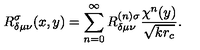
R _ { \delta \mu \nu } ^ { \sigma } ( x , y ) = \sum _ { n = 0 } ^ { \infty } R _ { \delta \mu \nu } ^ { ( n ) \sigma } \frac { \chi ^ { n } ( y ) } { \sqrt { k r _ { c } } } .